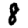
Digit: 8